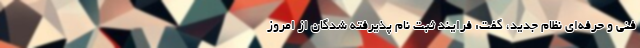
فنی و حرفه‌ای نظام جدید، گفت: فرایند ثبت نام پذیرفته شدگان از امروز